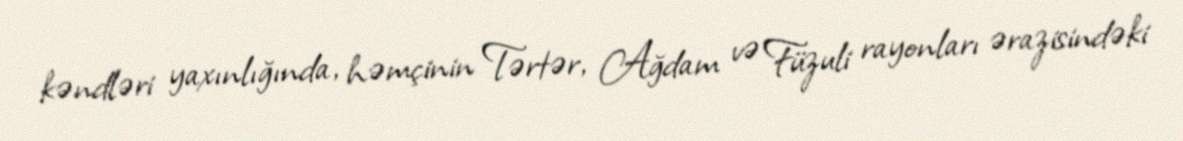
kəndləri yaxınlığında, həmçinin Tərtər, Ağdam və Füzuli rayonları ərazisindəki